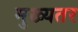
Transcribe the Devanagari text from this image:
मुख्यतर